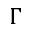
\Gamma